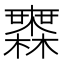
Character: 𣟒